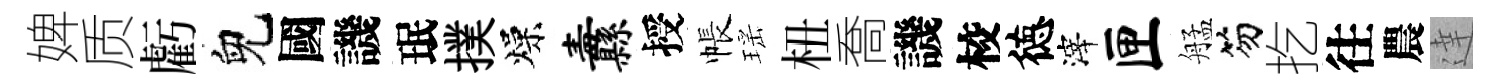
婢质虧兒國譏珉撲燥纛授帳瑶杻喬譏校徳滓匣艋笏扢往農達